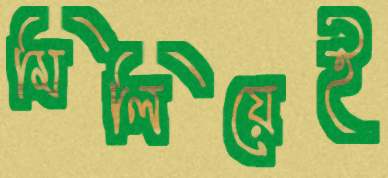
মিলিয়েই